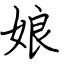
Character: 娘